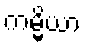
ကမ္မိယာ